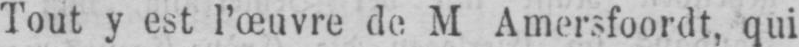
Tout y est l’œuvre de M Amersfoordt, qui